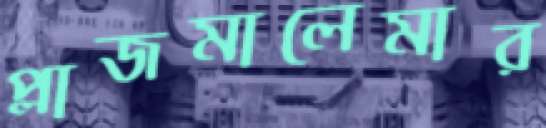
প্লাজমালেমার